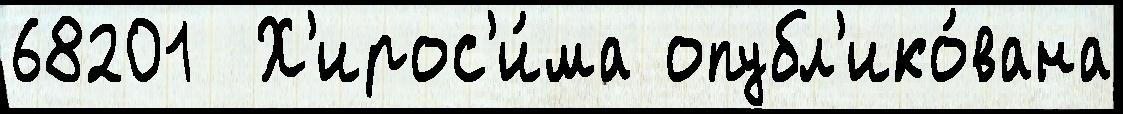
68201  Х'ирос'и́ма опубл'ико́вана